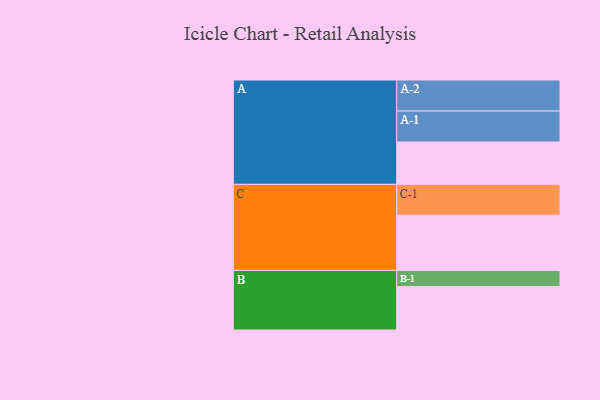
{"axis": {"x": "Segment", "y": "Value"}, "legend": ["", "A", "B", "C"], "data": [{"x": "A", "y": 401, "type": ""}, {"x": "B", "y": 411, "type": ""}, {"x": "C", "y": 523, "type": ""}, {"x": "A-1", "y": 293, "type": "A"}, {"x": "A-2", "y": 294, "type": "A"}, {"x": "B-1", "y": 153, "type": "B"}, {"x": "C-1", "y": 292, "type": "C"}]}